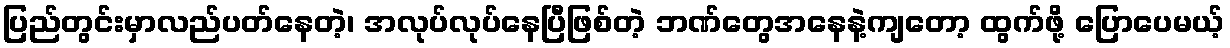
ပြည်တွင်းမှာလည်ပတ်နေတဲ့၊ အလုပ်လုပ်နေပြီဖြစ်တဲ့ ဘဏ်တွေအနေနဲ့ကျတော့ ထွက်ဖို့ ပြောပေမယ့်